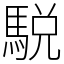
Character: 駾